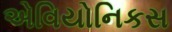
એવિયોનિકસ